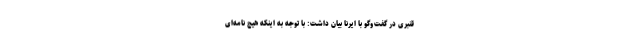
قنبری در گفت‌وگو با ایرنا بیان داشت: با توجه به اینکه هیچ نامه‌ای